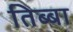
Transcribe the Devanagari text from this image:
तिब्बा